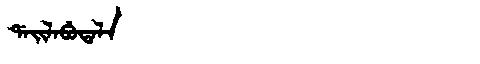
Manchu: ᡩᠠᡳᠯᠠᠪᡠᡨᠠᠯᠠ
Romanization: DAILABUTALA